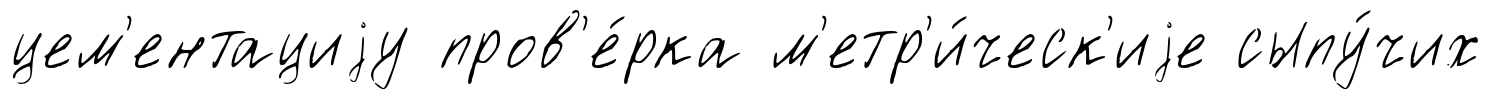
цем'ентациjу пров'е́рка м'етр'и́ческ'иjе сыпу́чих